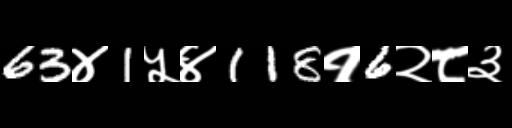
Text: 63४1५४118१6२८३